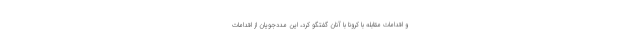
و اقدامات مقابله با کرونا با آنان گفتگو کرد، این مددجویان از اقدامات